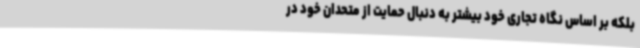
بلکه بر اساس نگاه تجاری خود بیشتر به دنبال حمایت از متحدان خود در